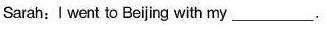
Sarah:I went to Beljing with my